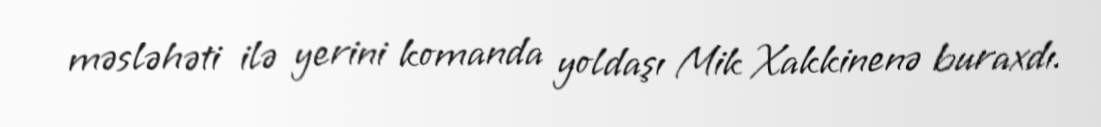
məsləhəti ilə yerini komanda yoldaşı Mik Xakkinenə buraxdı.